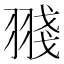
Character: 䎒